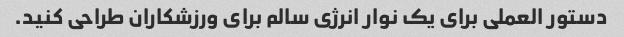
دستور العملی برای یک نوار انرژی سالم برای ورزشکاران طراحی کنید.